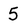
Character: 5